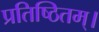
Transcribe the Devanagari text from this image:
प्रतिष्ठितम्‌।